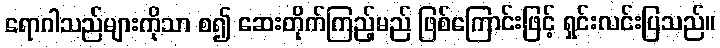
ရောဂါသည်များကိုသာ စ၍ ဆေးတိုက်ကြည့်မည် ဖြစ်ကြောင်းဖြင့် ရှင်းလင်းပြသည်။